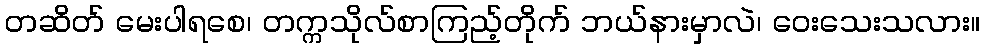
တဆိတ် မေးပါရစေ၊ တက္ကသိုလ်စာကြည့်တိုက် ဘယ်နားမှာလဲ၊ ဝေးသေးသလား။